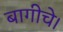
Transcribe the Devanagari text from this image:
बागीचे।